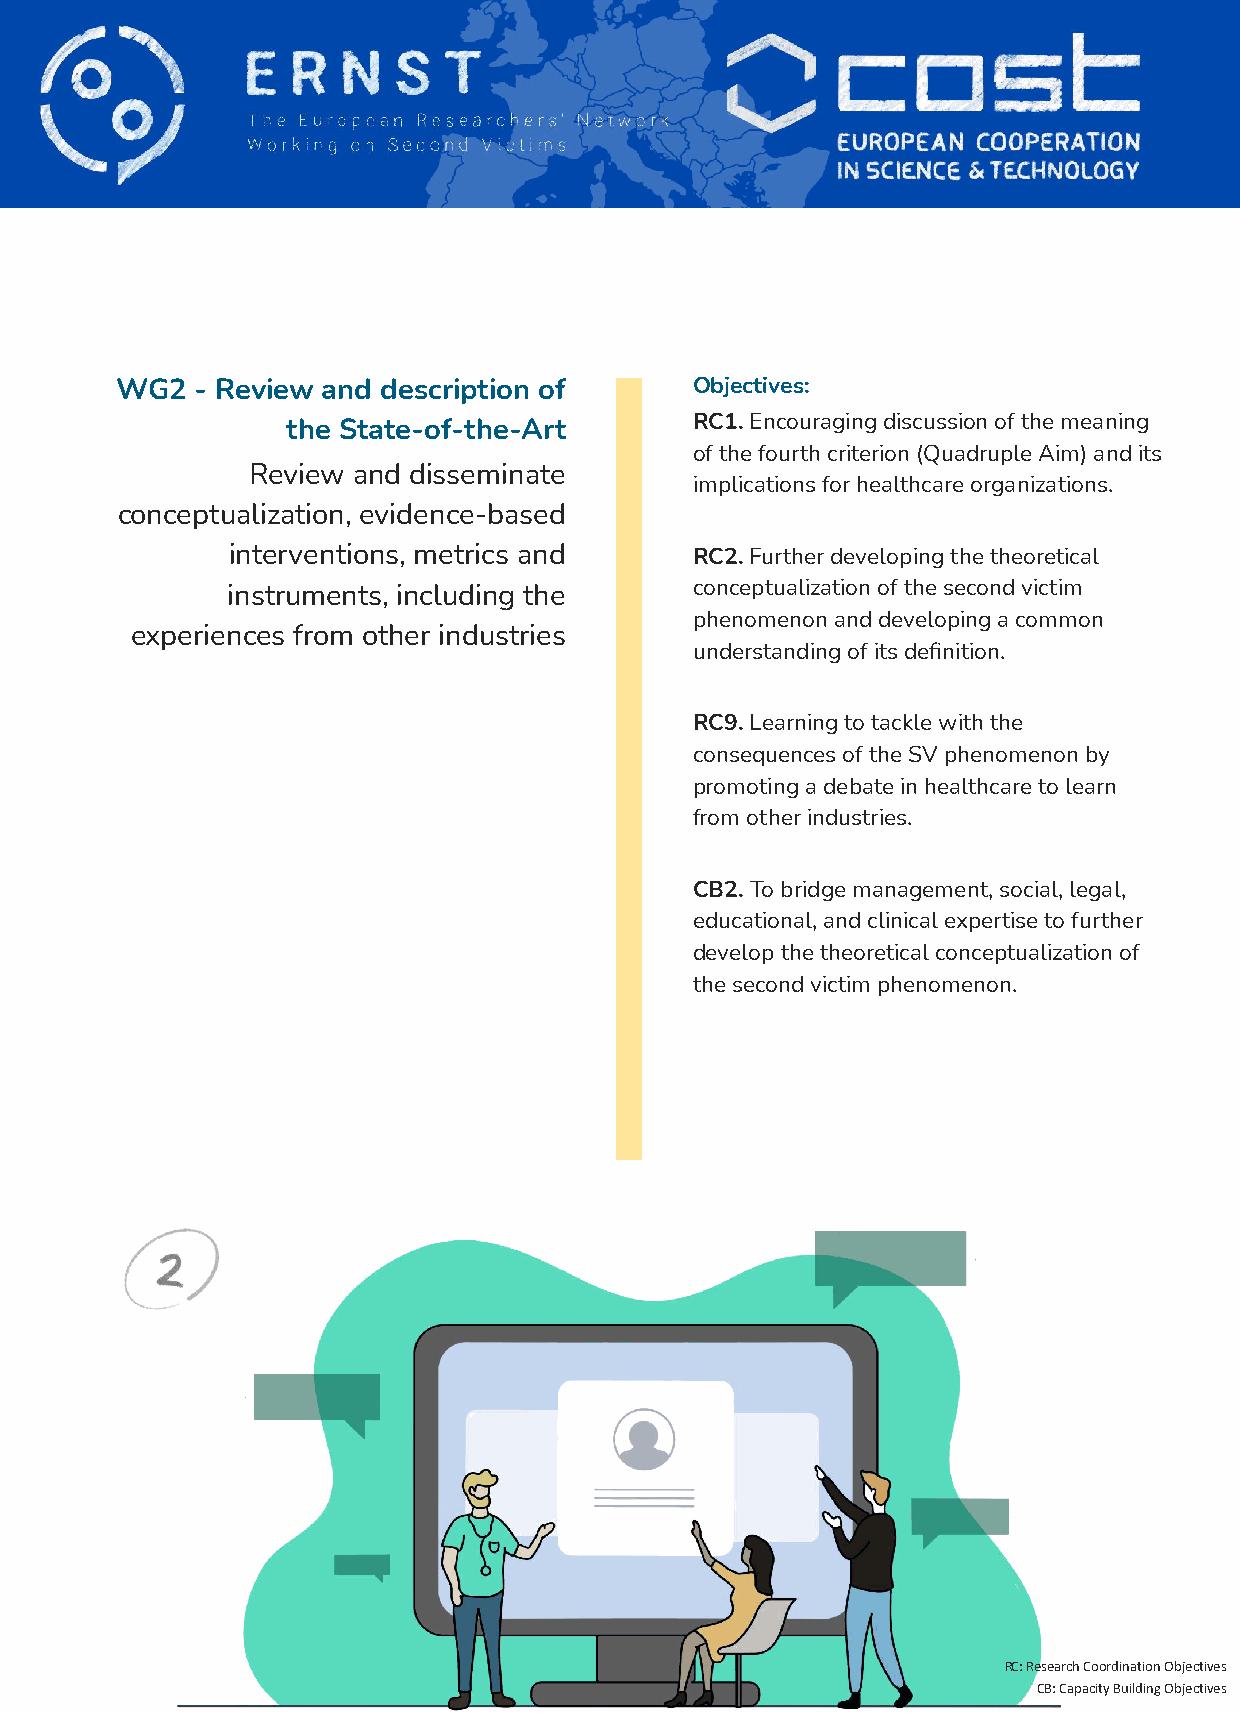
WG2  - Review and description of      Objectives:
 RC1. Encouraging discussion of the meaning
 the State-of-the-Art
 of the fourth criterion (Quadruple Aim) and its
 Review and disseminate
 implications for healthcare organizations.
 conceptualization, evidence-based
 interventions, metrics and     RC2. Further developing the theoretical
 instruments, including the     conceptualization of the second victim
 phenomenon and developing a common
 experiences from other industries
 understanding of its definition.
 RC9. Learning to tackle with the
 consequences of the SV phenomenon by
 promoting a debate in healthcare to learn
 from other industries.
 CB2. To bridge management, social, legal,
 educational, and clinical expertise to further
 develop the theoretical conceptualization of
 the second victim phenomenon.
 RC: Research Coordination Objectives
 CB: Capacity Building Objectives